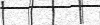
٣٠